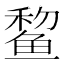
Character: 𫚞